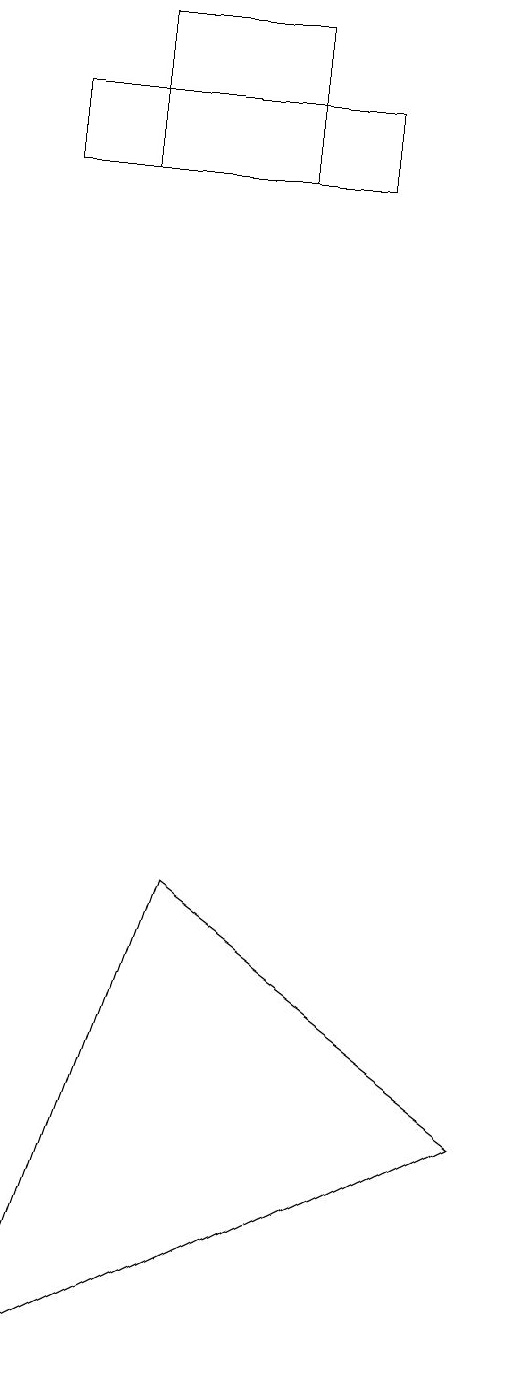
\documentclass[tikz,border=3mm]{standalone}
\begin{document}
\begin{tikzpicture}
\draw (7,16) rectangle (3,15);
\draw (9,3) -- (5,6) -- (3,0) -- cycle;
\draw (7,16) rectangle (3,15);
\draw (6,17) rectangle (4,15);
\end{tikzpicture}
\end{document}